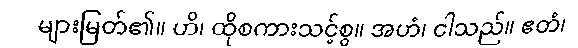
များမြတ်၏။ ဟိ၊ ထိုစကားသင့်စွ။ အဟံ၊ ငါသည်။ ဧတံ၊